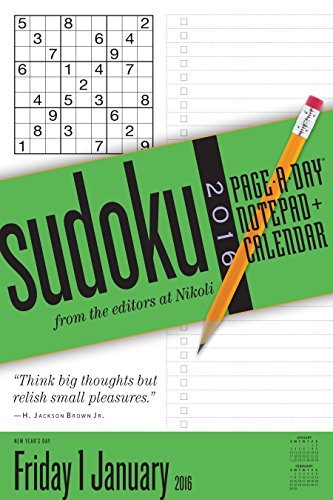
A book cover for Sudoku Page-A-Day Notepad + Calendar 2016; Editors at Nikoli; Calendars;